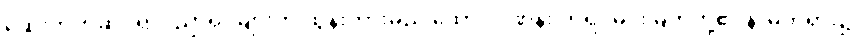
ဆေးဘက်ဆိုင်ရာပညာရှင်များက ထွန်းကားမည် ထောင်ဂဏန်း ဘုရင်မင်းမြတ်တို့၏ နာမ်တရား၌